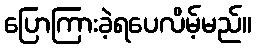
ပြောကြားခဲ့ရပေလိမ့်မည်။